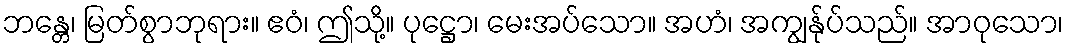
ဘန္တေ၊ မြတ်စွာဘုရား။ ဧဝံ၊ ဤသို့။ ပုဋ္ဌော၊ မေးအပ်သော။ အဟံ၊ အကျွန်ုပ်သည်။ အာဝုသော၊